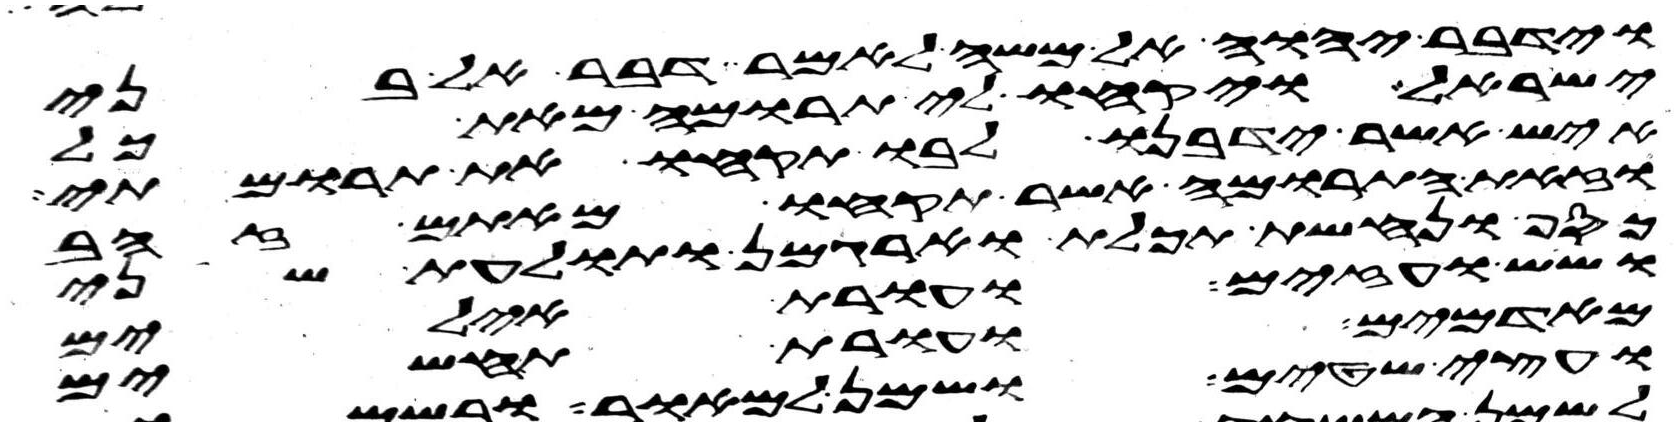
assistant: וידבר יהוה אל משה לאמר דבר אל בני
ישראל ויקחו לי תרומה מאת כל
איש אשר ידבנו לבו תקחו את תרומתי
וזאת התרומה אשר תקחו מאתם זהב
כסף ונחשת תכלת וארגמן ותולעת שני
ושש ועזים ועורת אילים
מאדמים ועורת תחשים